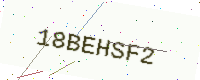
Text: 18BEHSF2